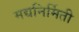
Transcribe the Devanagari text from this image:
मद्यनिर्मिती